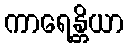
ကာရေန္တိယာ